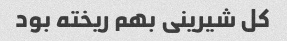
کل شیرینی بهم ریخته بود